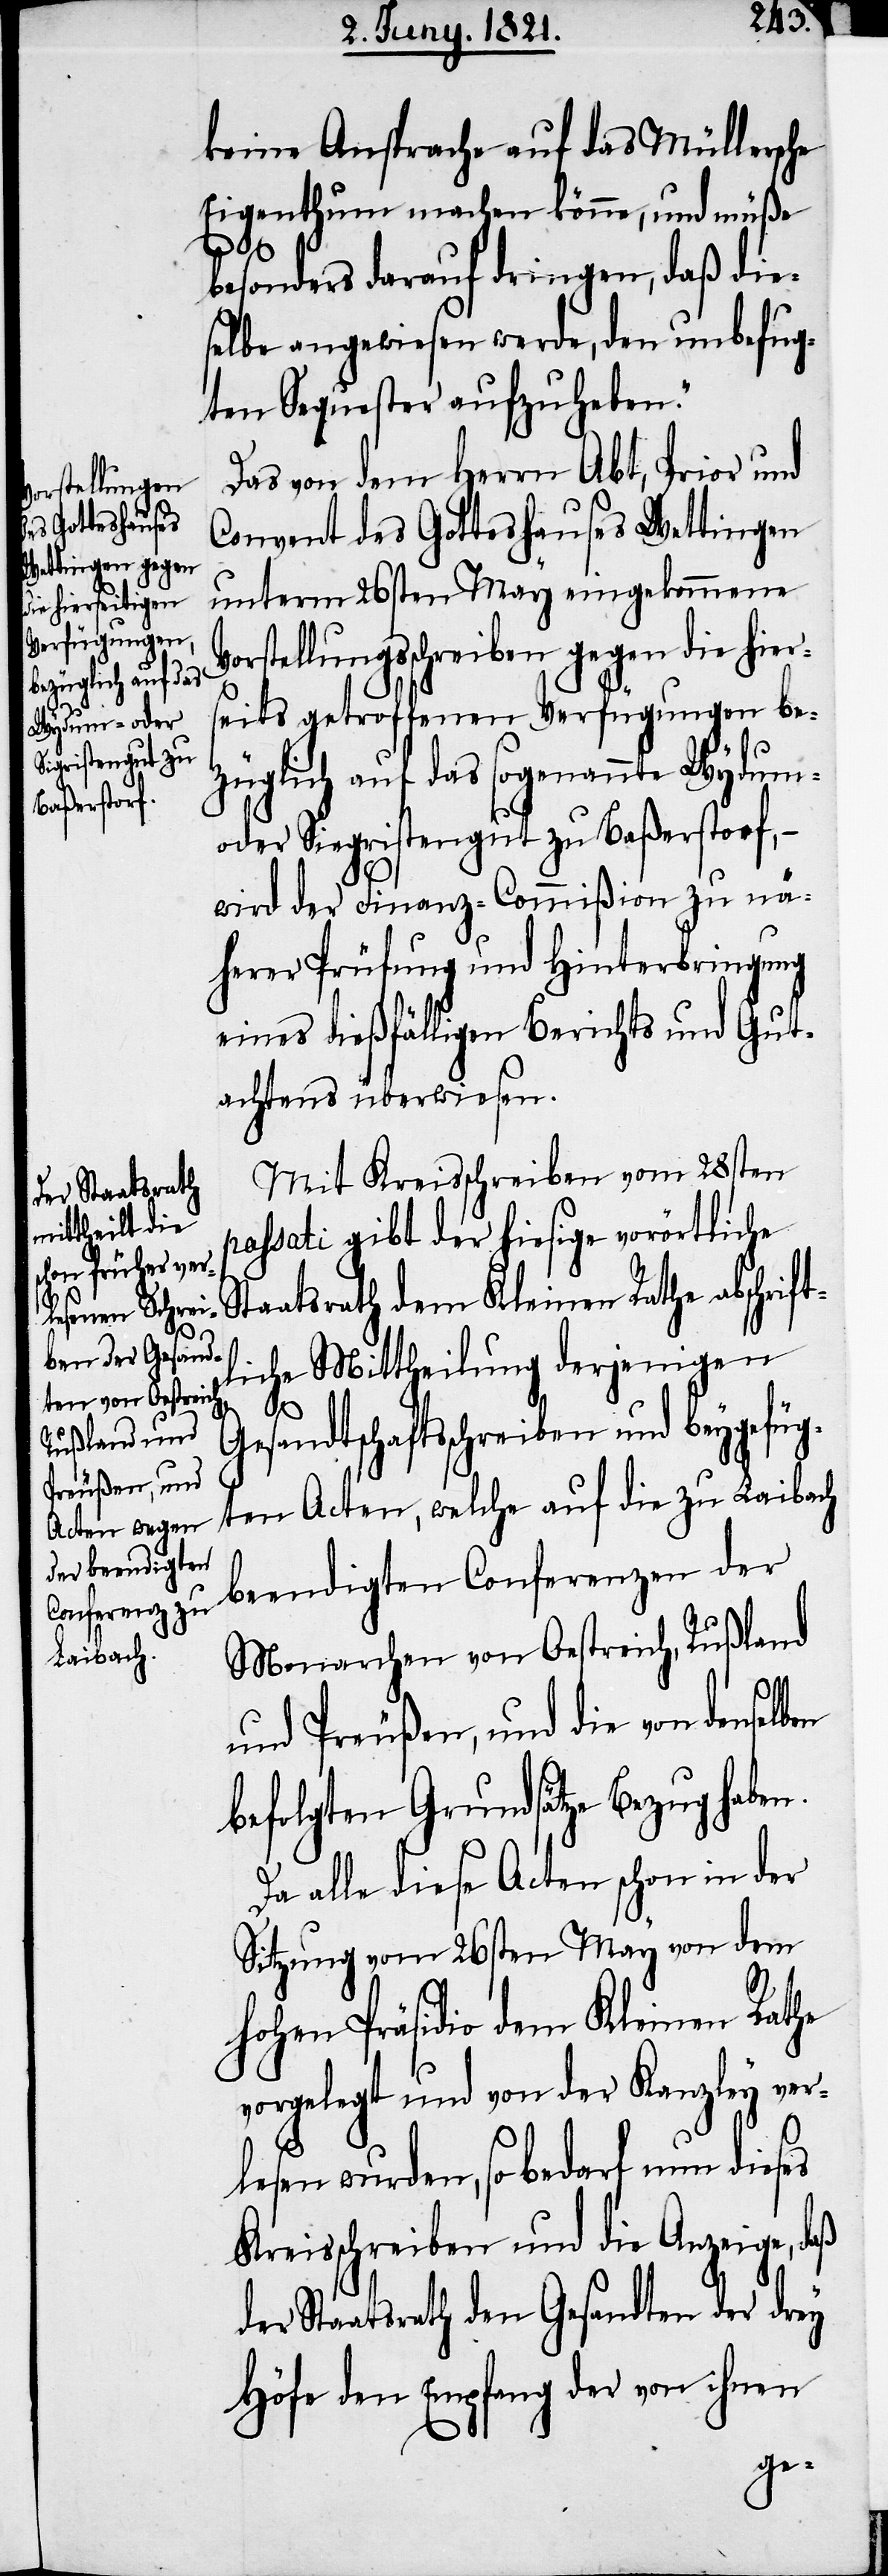
n.

keine Ansprache auf das Müllersche
Eigenthum machen könne, und müße
besonders darauf dringen, daß die¬
selbe angewiesen werde, den unbefug¬
ten Sequester aufzuheben.“
Das von dem Herrn Abt, Prior und
Convent des Gotteshauses Wettingen
unterm 26sten May eingekommene
orstellungsschreiben gegen die hier¬
seits getroffenen Verfügungen be¬
züglich auf das sogenannte Wydum-
oder Sigriestengut zu Baßerstorf,
wird der Finanz-Commißion zu nä¬
herer Prüfung und Hinterbringung
eines dießfälligen Berichts und Gut¬
achtens überwiesen.
Mit Kreisschreiben vom 28sten
passati gibt der hiesige vorörtliche
Staatsrath dem Kleinen Rathe abschrift¬
liche Mittheilung derjenigen
en
Gesandtschaftsschreiben und beygefüg¬
ten Acten, welche auf die zu Laibach
beendigten Conferenzen der
Monarchen von Oestreich, Rußland
und Preußen, und die von denselb¬
befolgten Grundsätze Bezug habe¬
Da alle diese Acten schon in der
Sitzung vom 26sten May von dem
hohen Präsidio dem Kleinen Rathe
vorgelegt und von der Kanzley ver¬
lesen wurden, so bedarf nun dieses
Kreisschreiben und die Anzeige, daß
der Staatsrath den Gesandten der drey
Höfe den Empfang der von ihnen